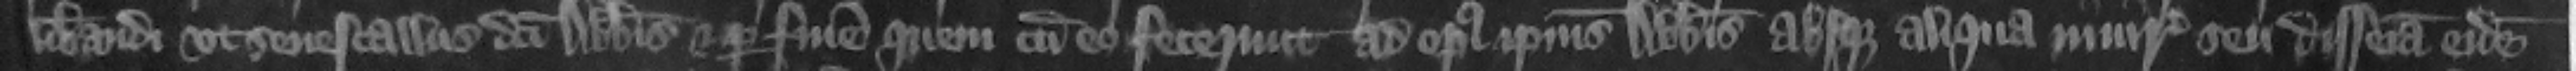
liberandi vt senescallus dicti abbatis et per finem quem cum eo fecerunt ad opus ipsius abbatis absque aliqua iniuria seu disseisina eidem